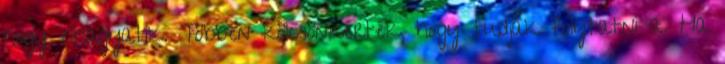
hogy elhagyatik. Többen kölcsönkérték, hogy tudják folytatni a. Ha